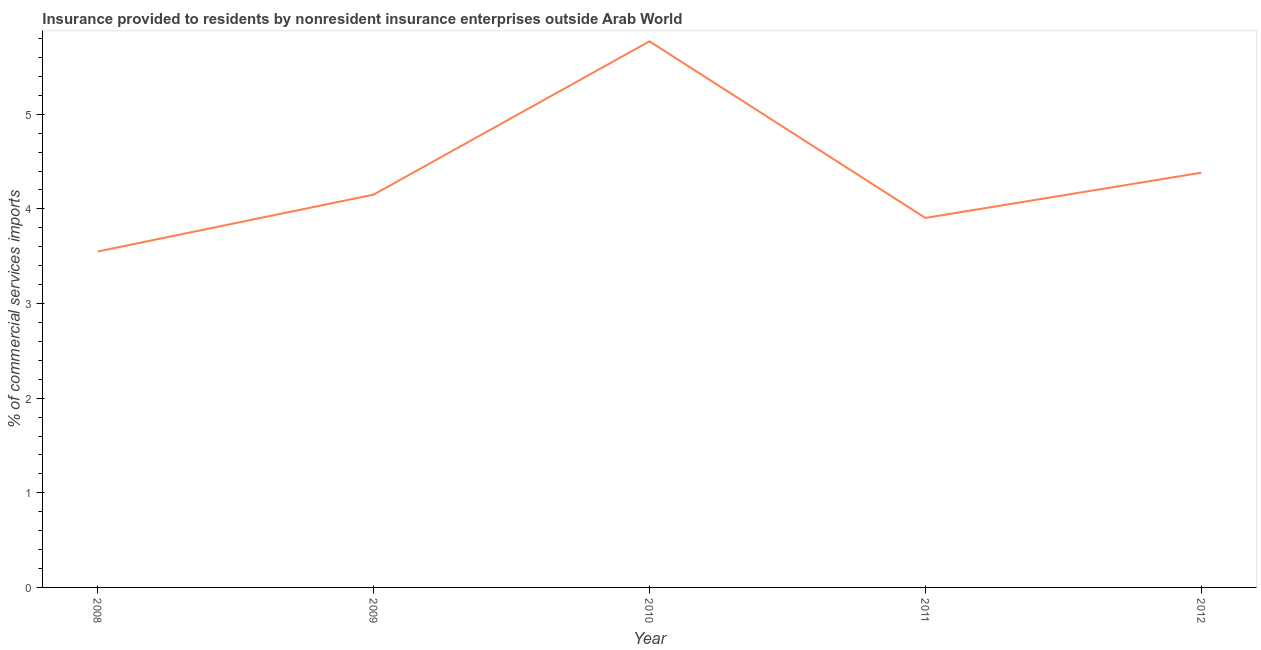
| Year | Insurance provided by non-residents |
 | --- | --- |
 | 2008 | 3.55 |
 | 2009 | 4.15 |
 | 2010 | 5.77 |
 | 2011 | 3.9 |
 | 2012 | 4.38 |